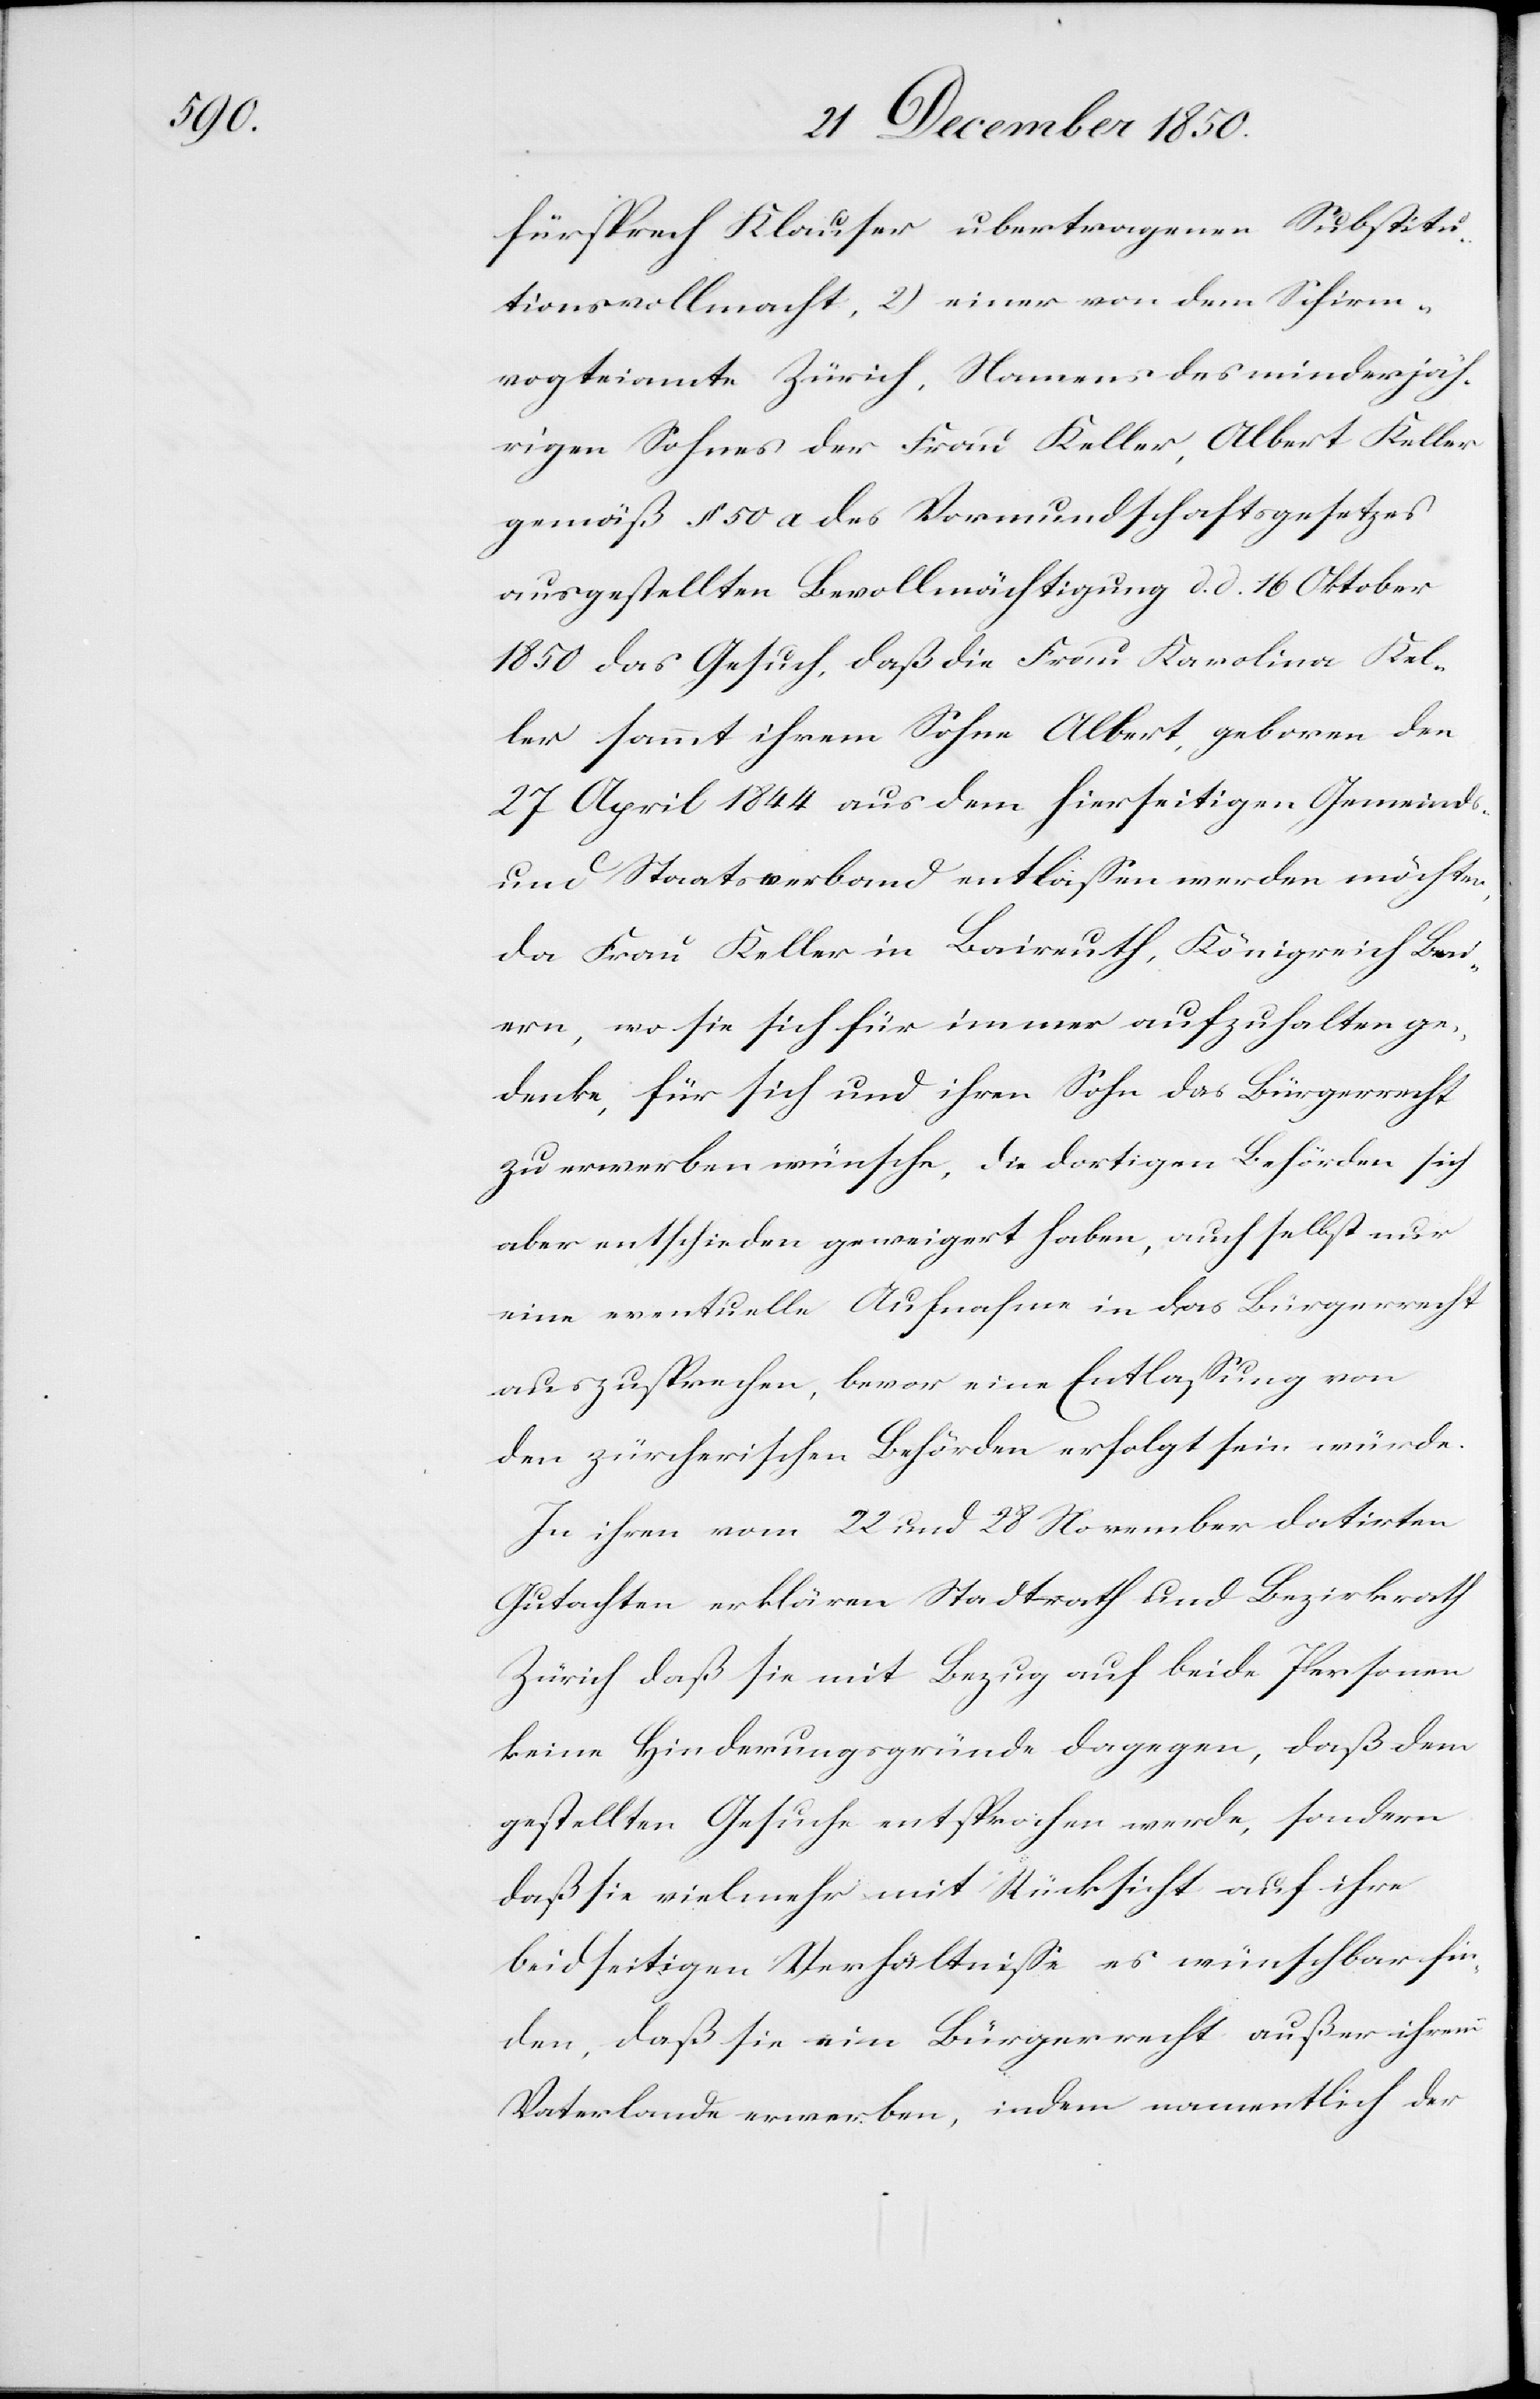
Substit¬

fürsprech Klauser ubertragenen [recte:
utionsvollmacht, 2) einer von dem Schirm¬
vogteiamte Zürich, Namens des minderjäh¬
rigen Sohnes der Frau Keller, Albert Keller
gemäß § 50 a des Vormundschaftsgesetzes
ausgestellten Bevollmächtigung d. d. 16 Oktober
1850 das Gesuch, daß die Frau Karolina Kel¬
ler sammt ihrem Sohne Albert, geboren den
27 April 1844 aus dem hierseitigen Gemeinds-
und Staatsverband entlassen werden möchten,
da Frau Keller in Baireuth, Königreich Bai¬
ern, wo sie sich für immer aufzuhalten ge¬
denke, für sich und ihren Sohn das Bürgerrecht
zu erwerben wünsche, die dortigen Behörden sich
aber entschieden geweigert haben, auch selbst nur
eine eventuelle Aufnahme in das Bürgerrecht
auszusprechen, bevor eine Entlassung von
den zürcherischen Behörden erfolgt sein würde.
In ihrem vom 22 und 28 November datirten
Gutachten erklären Stadtrath und Bezirksrath
Zürich daß sie mit Bezug auf beide Personen
keine Hinderungsgründe dagegen, daß dem
gestellten Gesuche entsprochen werde, sondern
daß sie vielmehr mit Rücksicht auf ihre
beidseitigen Verhältnisse es wünschbar fin¬
den, daß sie ein Bürgerrecht außer ihrem
Vaterlande erwerben, indem namentlich der